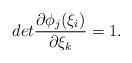
LaTeX: \begin{align*}det\frac{\partial \phi_j(\xi_i)}{\partial \xi_k}=1.\end{align*}